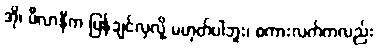
အို၊ မီလာနီက ပြန်ချင်လှလို့ မဟုတ်ပါဘူး၊ စကားလက်ကလည်း